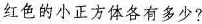
红色的小正方体各有多少?